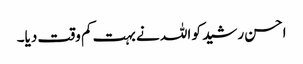
احسن رشید کو اللہ نے بہت کم وقت دیا۔